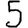
Digit: 5